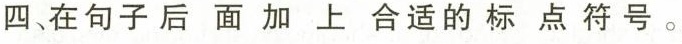
四、在句子后面加上合适的标点符号。